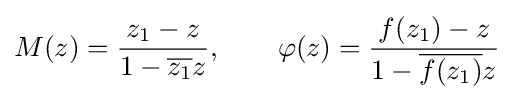
M(z)={\frac {z_{1}-z}{1-{\overline {z_{1}}}z}},\qquad \varphi (z)={\frac {f(z_{1})-z}{1-{\overline {f(z_{1})}}z}}